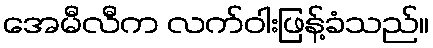
အေမီလီက လက်ဝါးဖြန့်ခံသည်။